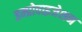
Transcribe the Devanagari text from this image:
इम्प्रोवाइजेशन